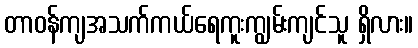
တာဝန်ကျအသက်ကယ်ရေကူးကျွမ်းကျင်သူ ရှိလား။